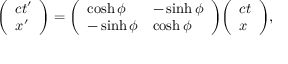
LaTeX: { \left( \begin{array} { l } { c t ^ { \prime } } \\ { x ^ { \prime } } \end{array} \right) } = { \left( \begin{array} { l l } { \cosh \phi } & { - \sinh \phi } \\ { - \sinh \phi } & { \cosh \phi } \end{array} \right) } { \left( \begin{array} { l } { c t } \\ { x } \end{array} \right) } ,